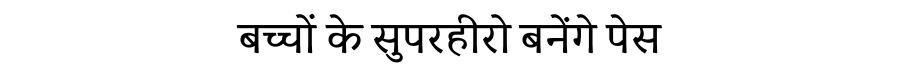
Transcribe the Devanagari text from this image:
बच्चों के सुपरहीरो बनेंगे पेस